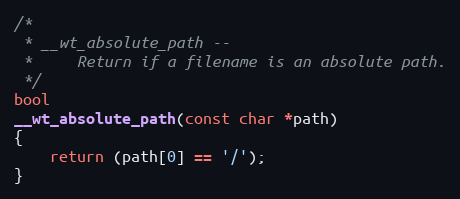
Language: C
/*
 * __wt_absolute_path --
 *     Return if a filename is an absolute path.
 */
bool
__wt_absolute_path(const char *path)
{
    return (path[0] == '/');
}